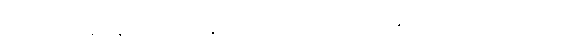
ကတာ၊ ပြုကုန်သနည်း။ ယေ မနုဿာ၊ အကြင်လူတို့သည်။ အမတံ၊ သေခြင်းကင်းသော။